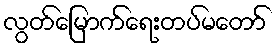
လွတ်မြောက်ရေးတပ်မတော်